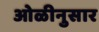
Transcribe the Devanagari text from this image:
ओळीनुसार